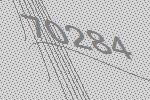
70284